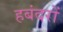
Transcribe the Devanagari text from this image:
हबंदरों